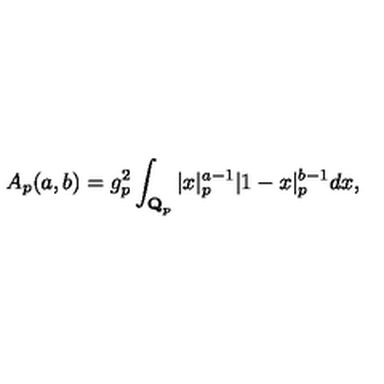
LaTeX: A _ { p } ( a , b ) = g _ { p } ^ { 2 } \int _ { { \bf Q } _ { p } } \vert x \vert _ { p } ^ { a - 1 } | 1 - x | _ { p } ^ { b - 1 } d x ,